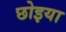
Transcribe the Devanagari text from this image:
छोइया